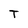
Character: T